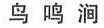
鸟 鸣 涧